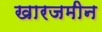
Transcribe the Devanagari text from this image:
खारजमीन